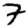
Digit: 7